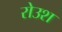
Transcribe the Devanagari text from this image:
रोउश